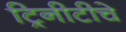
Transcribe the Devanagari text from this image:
ट्रिनीटीचे